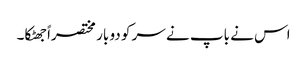
اس نے باپ نے سر کو دو بار مختصراً جھٹکا۔